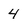
Character: 4